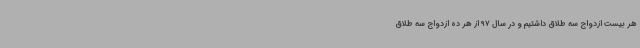
هر بیست ازدواج سه طلاق داشتیم و در سال 97 از هر ده ازدواج سه طلاق